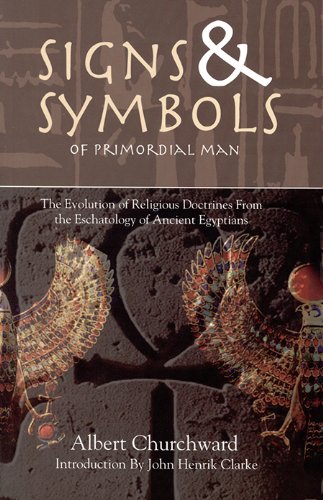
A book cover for Signs & Symbols of Primordial Man; Albert Churchward; History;